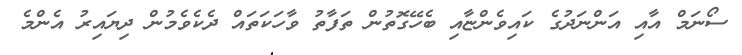
ސޯނަމް އާއި އަންނަދުގެ ކައިވެންޏާއި ބެހޭގޮތުން ތަފާތު ވާހަކަތައް ދެކެވެމުން ދިޔައިރު އެންމެ